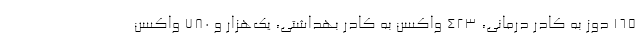
۱۶۵ دوز به کادر درمانی، ۴۲۳ واکسن به کادر بهداشتی، یک‌هزار و ۷۸۰ واکسن